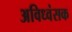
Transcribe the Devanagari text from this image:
अविध्वंसक